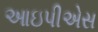
આઇપીએસ